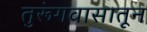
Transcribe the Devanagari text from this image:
तुरूंगवासातून